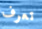
تعرف